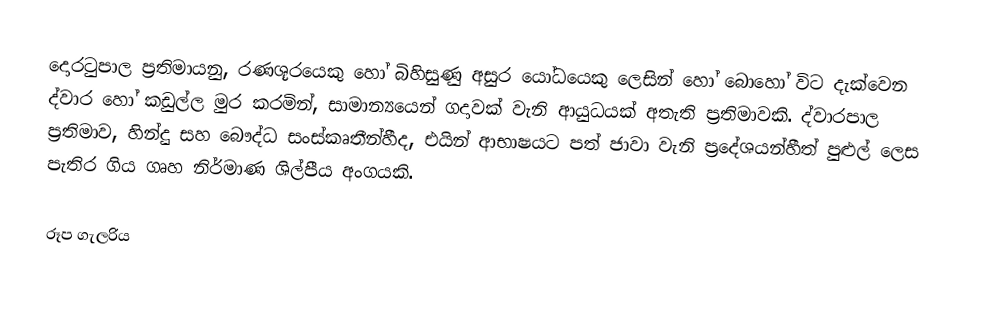
දොරටුපාල ප්‍රතිමායනු, රණශූරයෙකු හෝ බිහිසුණු   අසුර යෝධයෙකු ලෙසින් හෝ බොහෝ විට දැක්වෙන ද්වාර හෝ කඩුල්ල මුර කරමින්, සාමාන්‍යයෙන්  ගදාවක් වැනි ආයුධයක් අතැති ප්‍රතිමාවකි. ද්වාරපාල  ප්‍රතිමාව, හින්දු සහ  බෞද්ධ සංස්කෘතීන්හීද, එයින් ආභාෂයට පත්  ජාවා වැනි ප්‍රදේශයන්හීත් පුළුල් ලෙස පැතිර ගිය ගෘහ නිර්මාණ ශිල්පීය අංගයකි.

රූප ගැලරිය